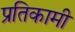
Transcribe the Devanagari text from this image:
प्रतिकामी